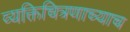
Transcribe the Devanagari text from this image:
व्यक्तिचित्रणाच्याच